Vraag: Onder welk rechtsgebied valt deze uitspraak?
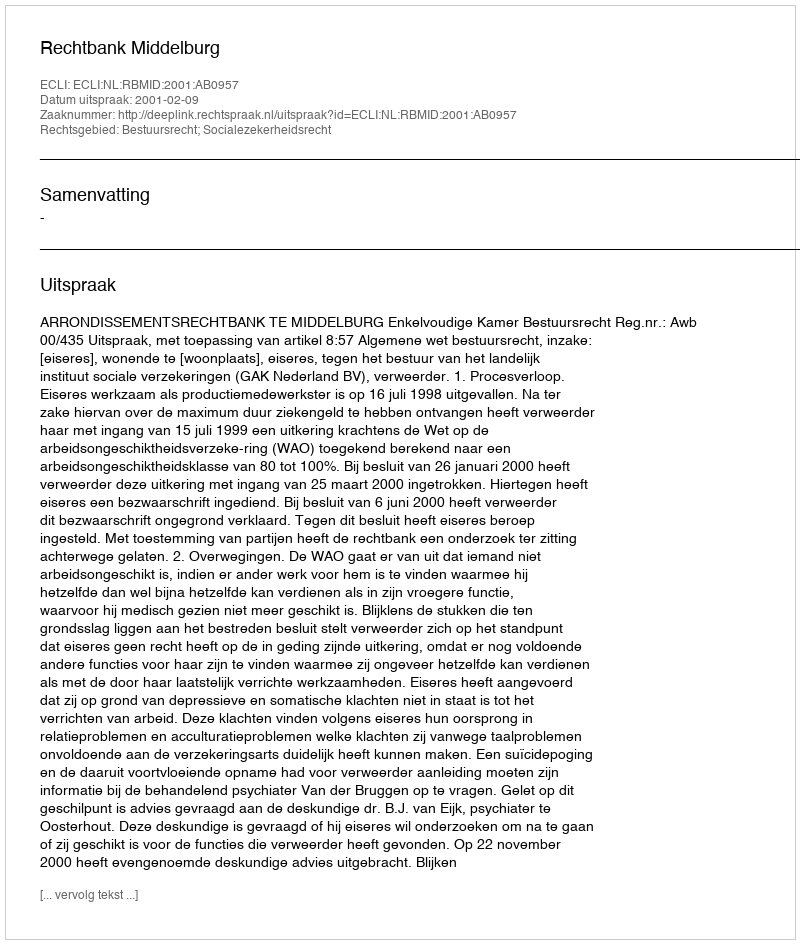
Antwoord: Bestuursrecht; Socialezekerheidsrecht